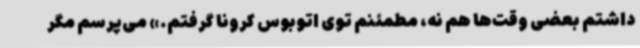
داشتم بعضی وقت‌ها هم نه، مطمئنم توی اتوبوس کرونا گرفتم.» می‌پرسم مگر